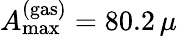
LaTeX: A_{\mathrm{max}}^{\mathrm{(gas)}}=80.2\, \mu